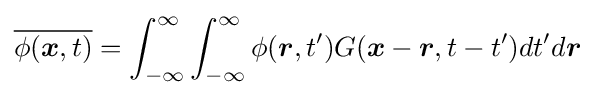
{\overline {\phi ({\boldsymbol {x}},t)}}=\displaystyle {\int _{-\infty }^{\infty }}\int _{-\infty }^{\infty }\phi ({\boldsymbol {r}},t^{\prime })G({\boldsymbol {x}}-{\boldsymbol {r}},t-t^{\prime })dt^{\prime }d{\boldsymbol {r}}